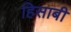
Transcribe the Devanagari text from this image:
हिसाबी